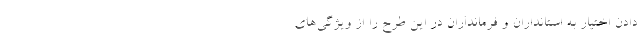
دادن اختیار به استانداران و فرمانداران در این طرح را از ویژگی‌های